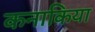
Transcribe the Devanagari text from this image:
कनाकिया